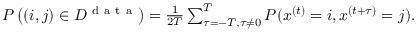
\begin{array} { r } { P \left( ( i , j ) \in { \cal D } ^ { \mathrm { ~ d ~ a ~ t ~ a ~ } } \right) = \frac { 1 } { 2 T } \sum _ { \tau = - T , \tau \neq 0 } ^ { T } P ( x ^ { ( t ) } = i , x ^ { ( t + \tau ) } = j ) . } \end{array}